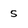
Character: S